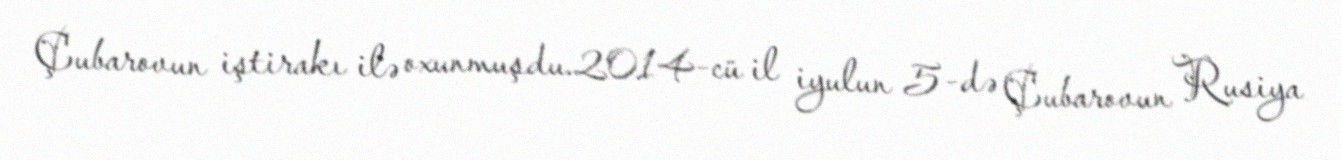
Çubarovun iştirakı ilə oxunmuşdu.2014-cü il iyulun 5-də Çubarovun Rusiya